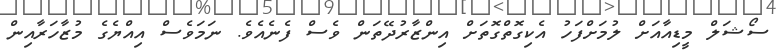
ސޯޝަލް މީޑިއާއަށް ލުމަށްފަހު އެކިގޮތްގޮތަށް އިންޒާރުދޭތަން ވެސް ފެނެއެވެ. ނަމަވެސް އިއްޔެގެ މުޒާހަރާއިން